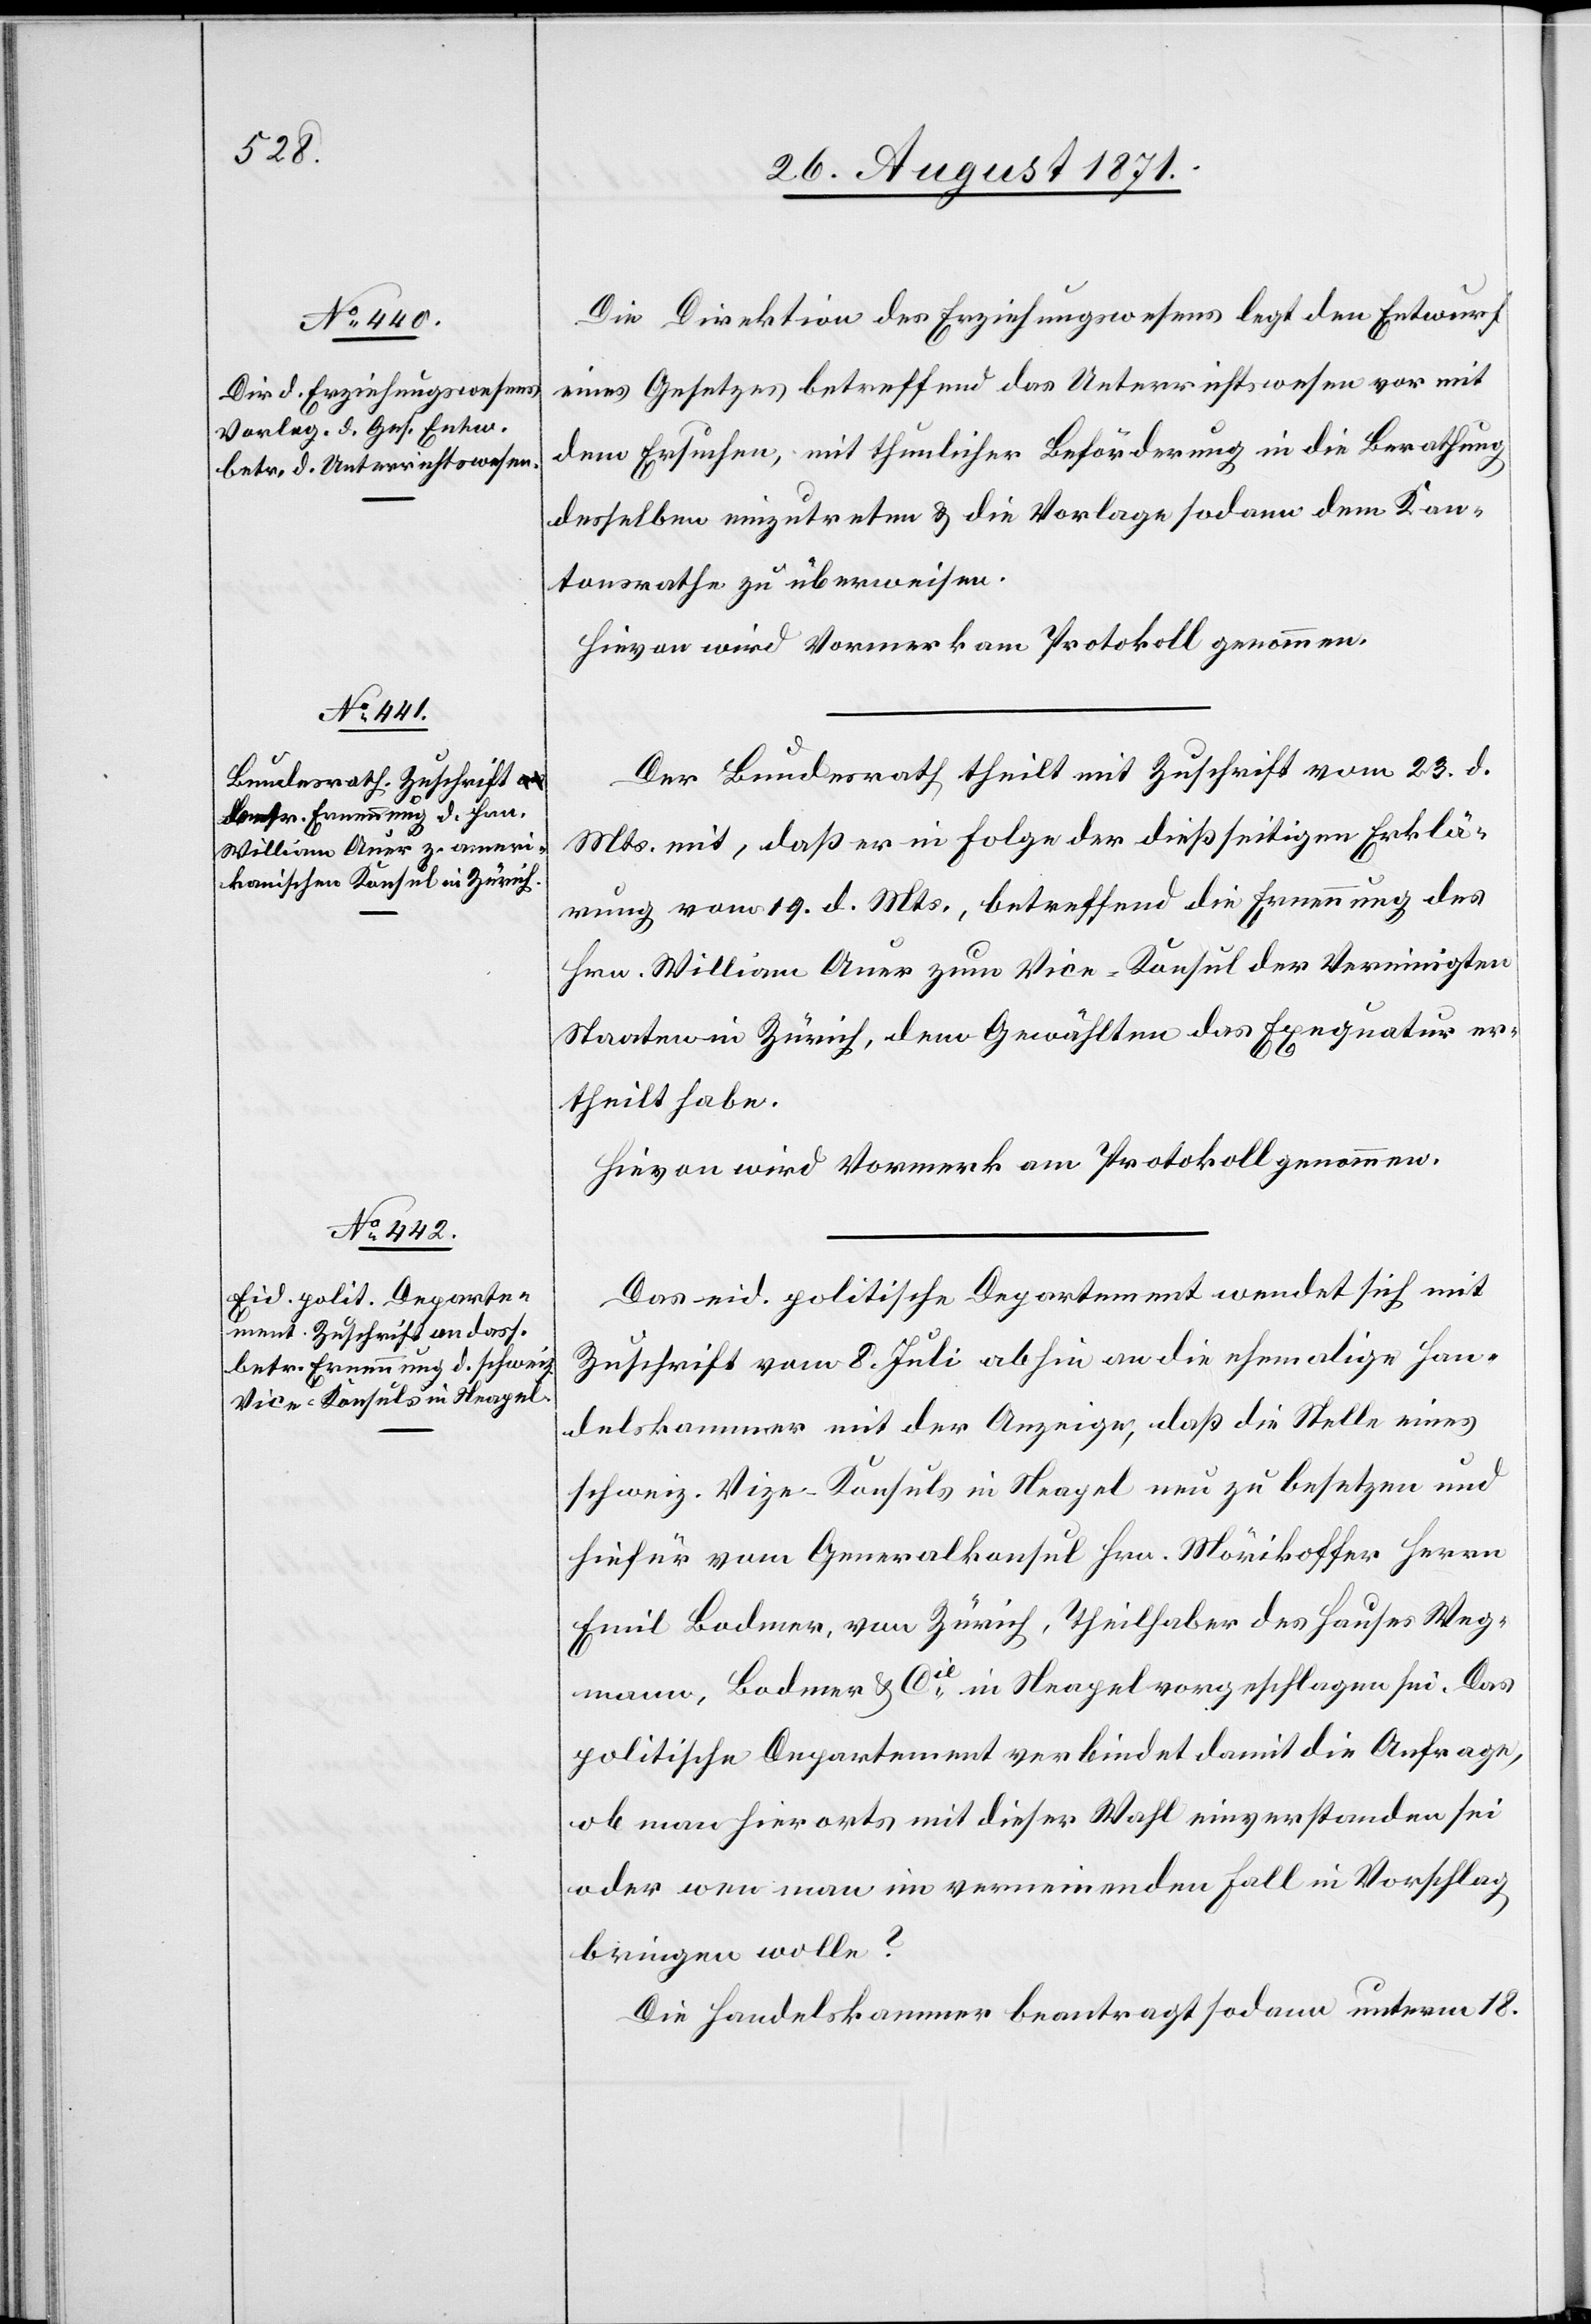
Die Direktion des Erziehungswesens legt den Entwurf
eines Gesetzes betreffend das Unterrichtswesen vor mit
dem Ersuchen, mit thunlicher Beförderung in die Berathung
desselben einzutreten & die Vorlage sodann dem Kan¬
tonsrathe zu überweisen.
Hievon wird Vormerk am Protokoll genommen.
Der Bundesrath theilt mit Zuschrift vom 23. d.
Mts. mit, daß er in Folge der dießseitigen Erklä¬
rung vom 19. d. Mts., betreffend die Ernennung des
Hrn. William Auer zum Vice-Konsul der Vereinigten
Staaten in Zürich, dem Gewählten das Exequatur er¬
theilt habe.
Hievon wird Vormerk am Protokoll genommen.
Das eid. politische Departement wendet sich mit
Zuschrift vom 8. Juli abhin an die ehemalige Han¬
delskammer mit der Anzeige, daß die Stelle eines
schweiz. Vice-Konsuls in Neapel nun zu besetzen und
hiefür vom Generalkonsul Hrn. Mörikoffer Herrn
Emil Bodmer, von Zürich, Theilhaber des Hauser Weg¬
mann, Bodmer & Cie in Neapel vorgeschlagen sei. Das
politische Departement verbindet damit die Anfrage,
ob man hierorts mit dieser Wahl einverstanden sei
oder wen man im verneinenden Fall in Vorschlag
bringen wolle?
Die Handelskammer beantragt sodann unterm 18.